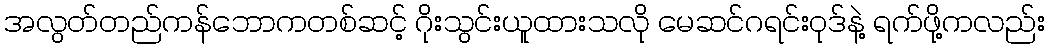
အလွတ်တည်ကန်ဘောကတစ်ဆင့် ဂိုးသွင်းယူထားသလို မေဆင်ဂရင်းဝုဒ်နဲ့ ရက်ဖို့ကလည်း